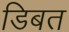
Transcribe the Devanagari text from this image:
डिबत